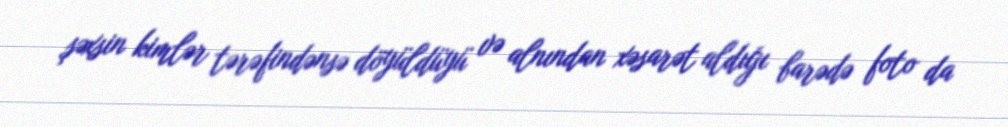
şəxsin kimlər tərəfindənsə döyüldüyü və alnından xəsarət aldığı barədə foto da